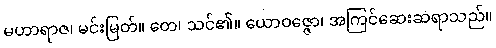
မဟာရာဇ၊ မင်းမြတ်။ တေ၊ သင်၏။ ယောဝဇ္ဇော၊ အကြင်ဆေးဆရာသည်။